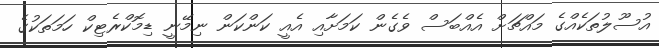
އުސޫލުތަކެއްގެ މައްޗަށް އެއްބަސް ވެގެން ކަމަށާއި އެއީ ކަންކަން ނިމޭނީ ޑިމޮކްރެޓިކް ހަމަތަކުގެ